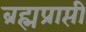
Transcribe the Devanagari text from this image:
ब्रह्मप्राप्ती